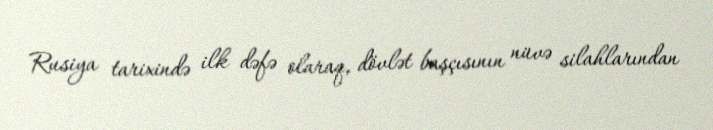
Rusiya tarixində ilk dəfə olaraq, dövlət başçısının nüvə silahlarından